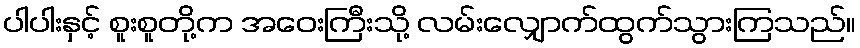
ပါပါးနှင့် စူးစူတို့က အဝေးကြီးသို့ လမ်းလျှောက်ထွက်သွားကြသည်။